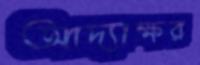
আদ্যাক্ষর